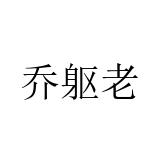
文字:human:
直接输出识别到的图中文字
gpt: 乔躯老